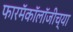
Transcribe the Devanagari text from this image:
फारमॅकॉलॉजीच्या